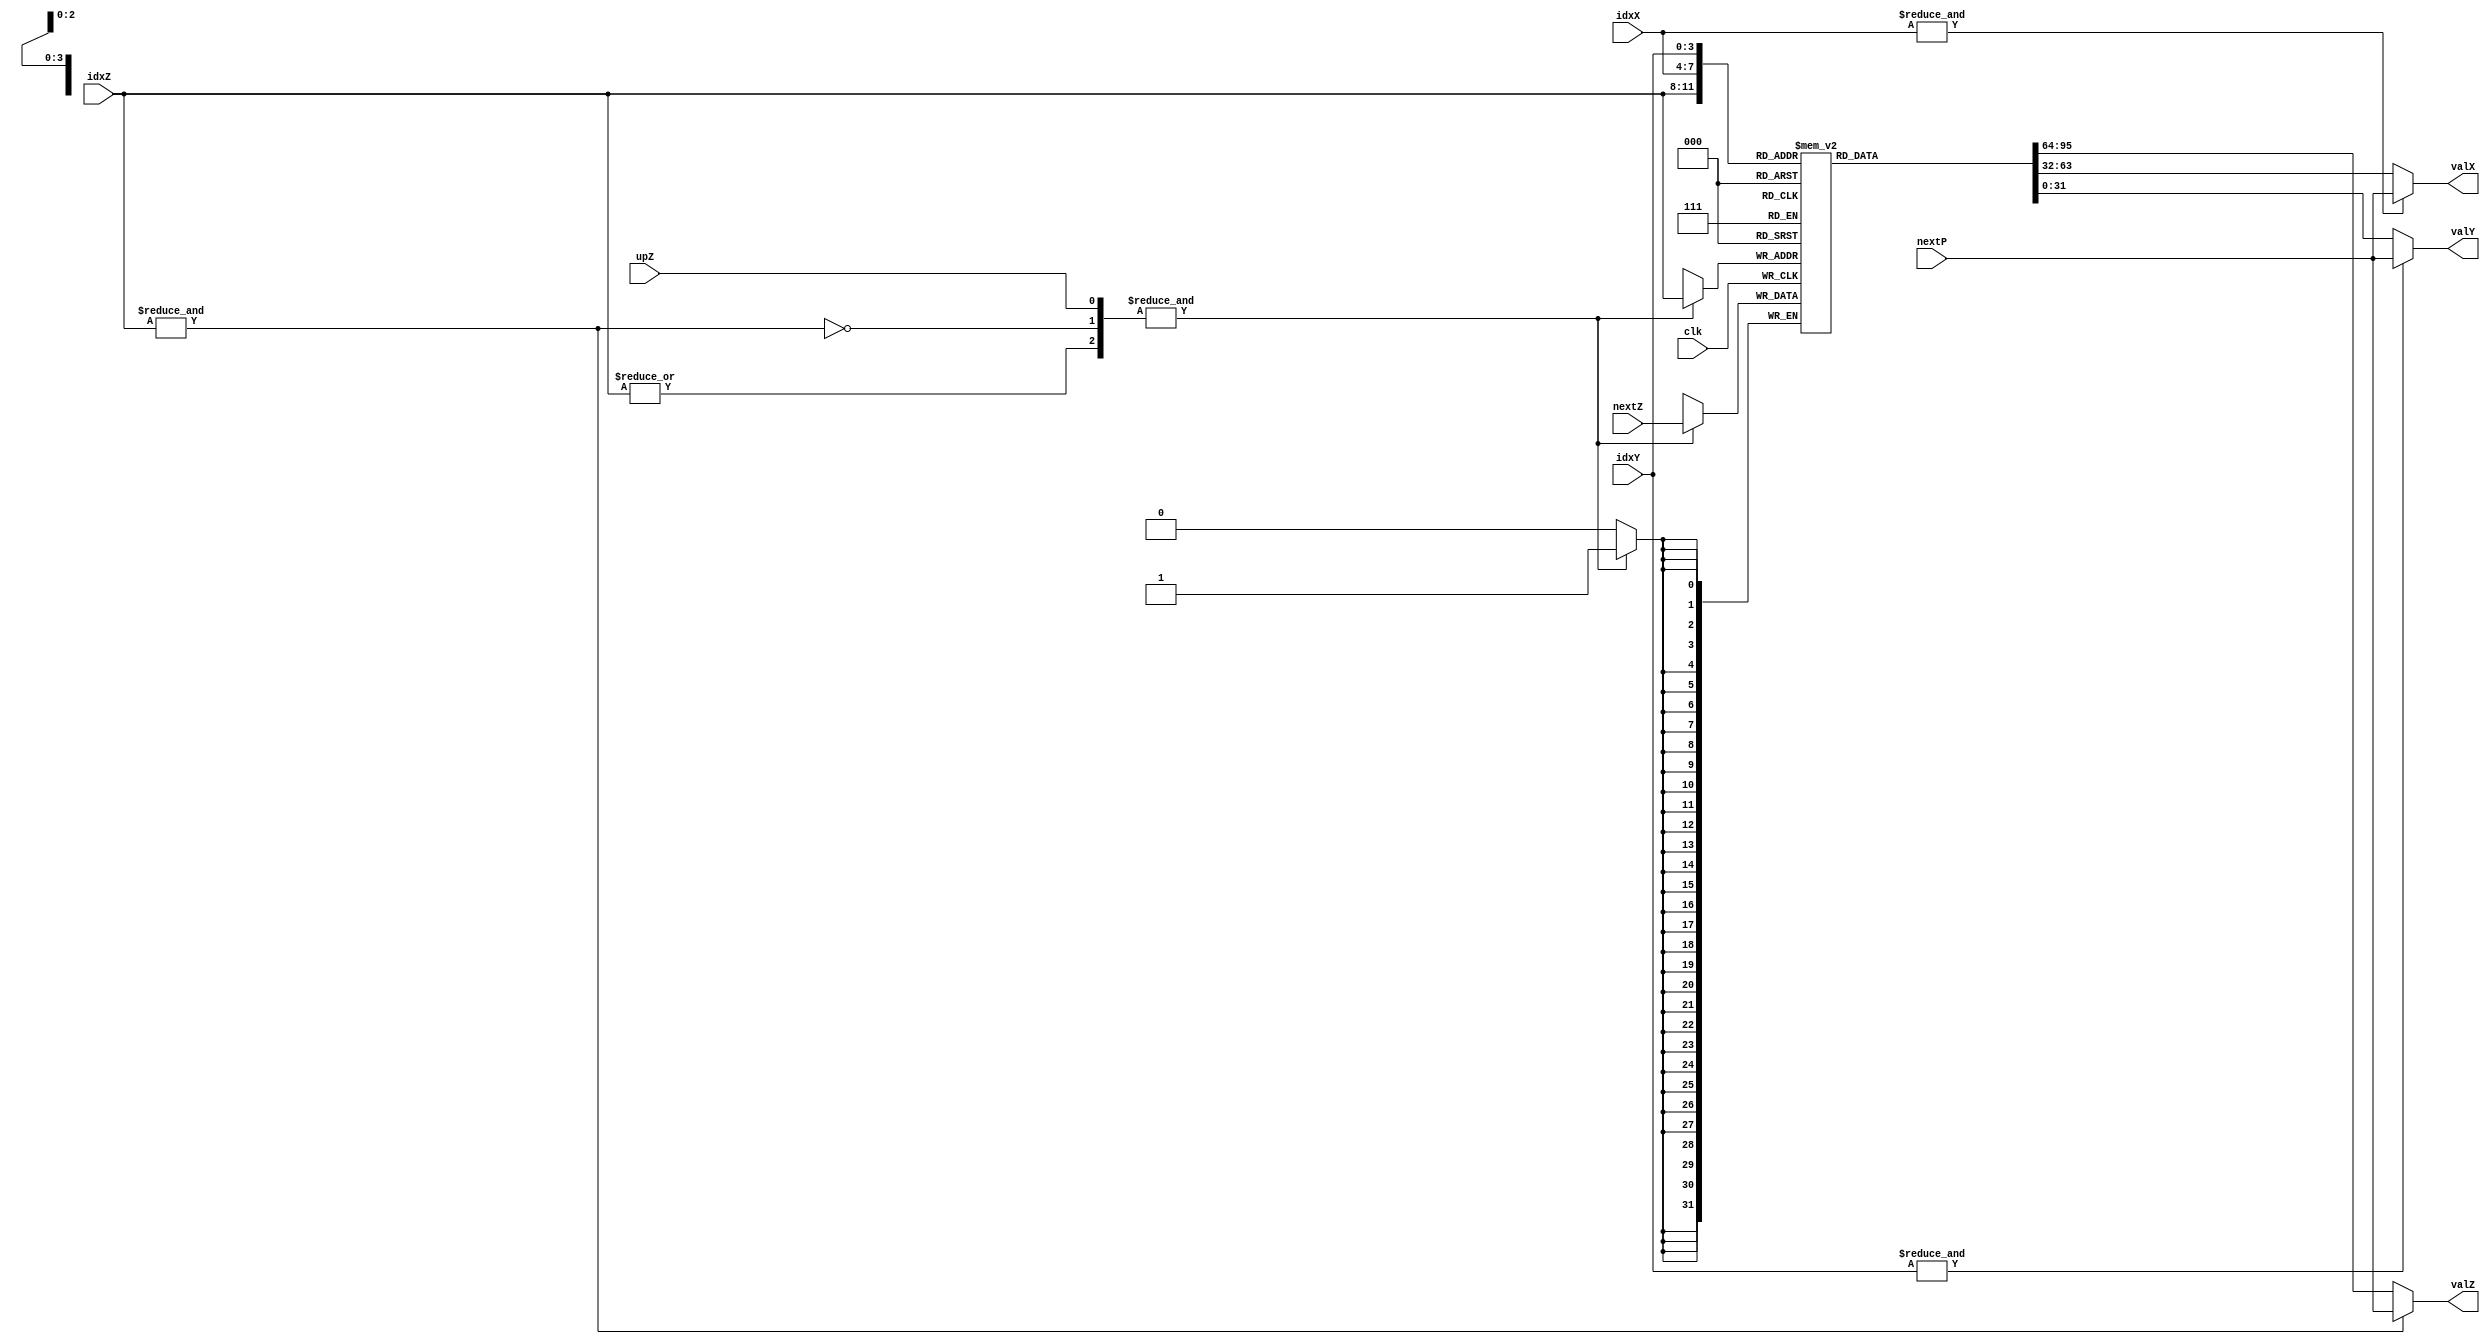
module Reg(input clk, upZ, output signed[31:0] valZ, valX, valY,
           input[3:0] idxZ, idxX, idxY, input signed[31:0] nextZ, nextP);

    reg[31:0] store[0:14];
    integer k;
    initial for (k = 0; k < 15; k = k + 1) store[k] = 0;

    assign valX = &idxX ? nextP : store[idxX];
    assign valY = &idxY ? nextP : store[idxY];
    assign valZ = &idxZ ? nextP : store[idxZ];

    always @(posedge clk) if (&{upZ,|idxZ,~&idxZ}) store[idxZ] <= nextZ;

endmodule